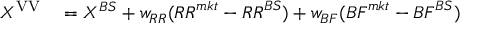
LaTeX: \begin{array} { r l } { X ^ { \mathrm { { V V } } } } & { { } = X ^ { B S } + w _ { R R } ( { R R } ^ { m k t } - { R R } ^ { B S } ) + w _ { B F } ( { B F } ^ { m k t } - { B F } ^ { B S } ) } \end{array}